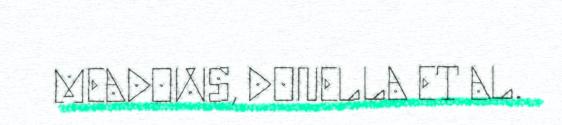
MEADOWS, DONELLA ET AL.